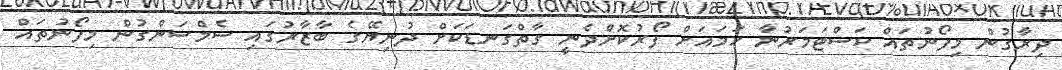
ދިރާގުން މިފޯނުތައް ކަސްޓަމަރުނާ ހަމައަށް ފޯރުކޮށްދެނީ ގާތްގަނޑަކަށް ދުނިޔޭގެ ބާޒާރުގައި ސެމްސަންގުން މިފޯނުތައް